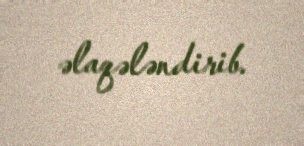
əlaqələndirib.